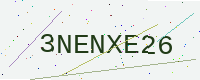
Text: 3NENXE26